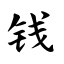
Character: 钱